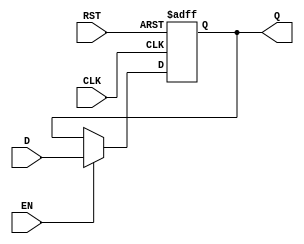
module InputRegister #(
    parameter WIDTH = 8 // Parameter for data width (default is 8 bits)
) (
    input  wire [WIDTH-1:0] D,    // Data input
    input  wire CLK,               // Clock signal
    input  wire RST,               // Reset signal (active high)
    input  wire EN,                // Enable signal (active high)
    output reg  [WIDTH-1:0] Q      // Data output
);

    // Synchronous or Asynchronous Reset behavior
    always @(posedge CLK or posedge RST) begin
        if (RST) begin
            Q <= {WIDTH{1'b0}}; // Clear output to zero
        end else if (EN) begin
            Q <= D; // Capture input data on clock edge if enabled
        end
    end

endmodule